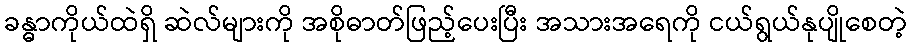
ခန္ဓာကိုယ်ထဲရှိ ဆဲလ်များကို အစိုဓာတ်ဖြည့်ပေးပြီး အသားအရေကို ငယ်ရွယ်နုပျိုစေတဲ့